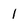
Character: 1